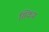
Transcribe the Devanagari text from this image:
सिकम